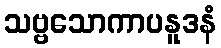
သဗ္ဗသောကာပနူဒနံ